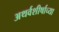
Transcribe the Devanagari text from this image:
अथर्वशीर्षाच्या